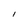
Character: l